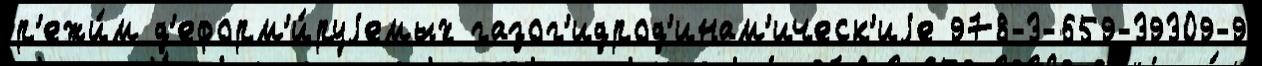
р'ежи́м д'еформ'и́руjемых газог'идрод'инам'ическ'иjе 978-3-659-39309-9